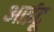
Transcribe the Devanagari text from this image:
आईटू